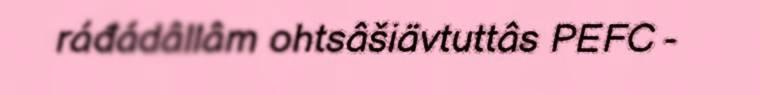
ráđádâllâm ohtsâšiävtuttâs PEFC -